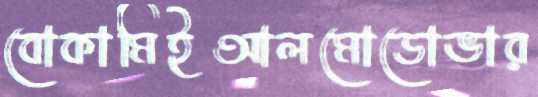
বোকামিইআলমোডোভার